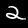
Digit: 2